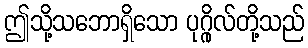
ဤသို့သဘောရှိသော ပုဂ္ဂိုလ်တို့သည်